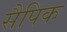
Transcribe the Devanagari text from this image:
सैपिक